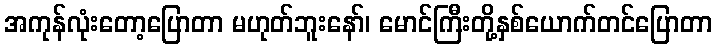
အကုန်လုံးတော့ပြောတာ မဟုတ်ဘူးနော်၊ မောင်ကြီးတို့နှစ်ယောက်တင်ပြောတာ